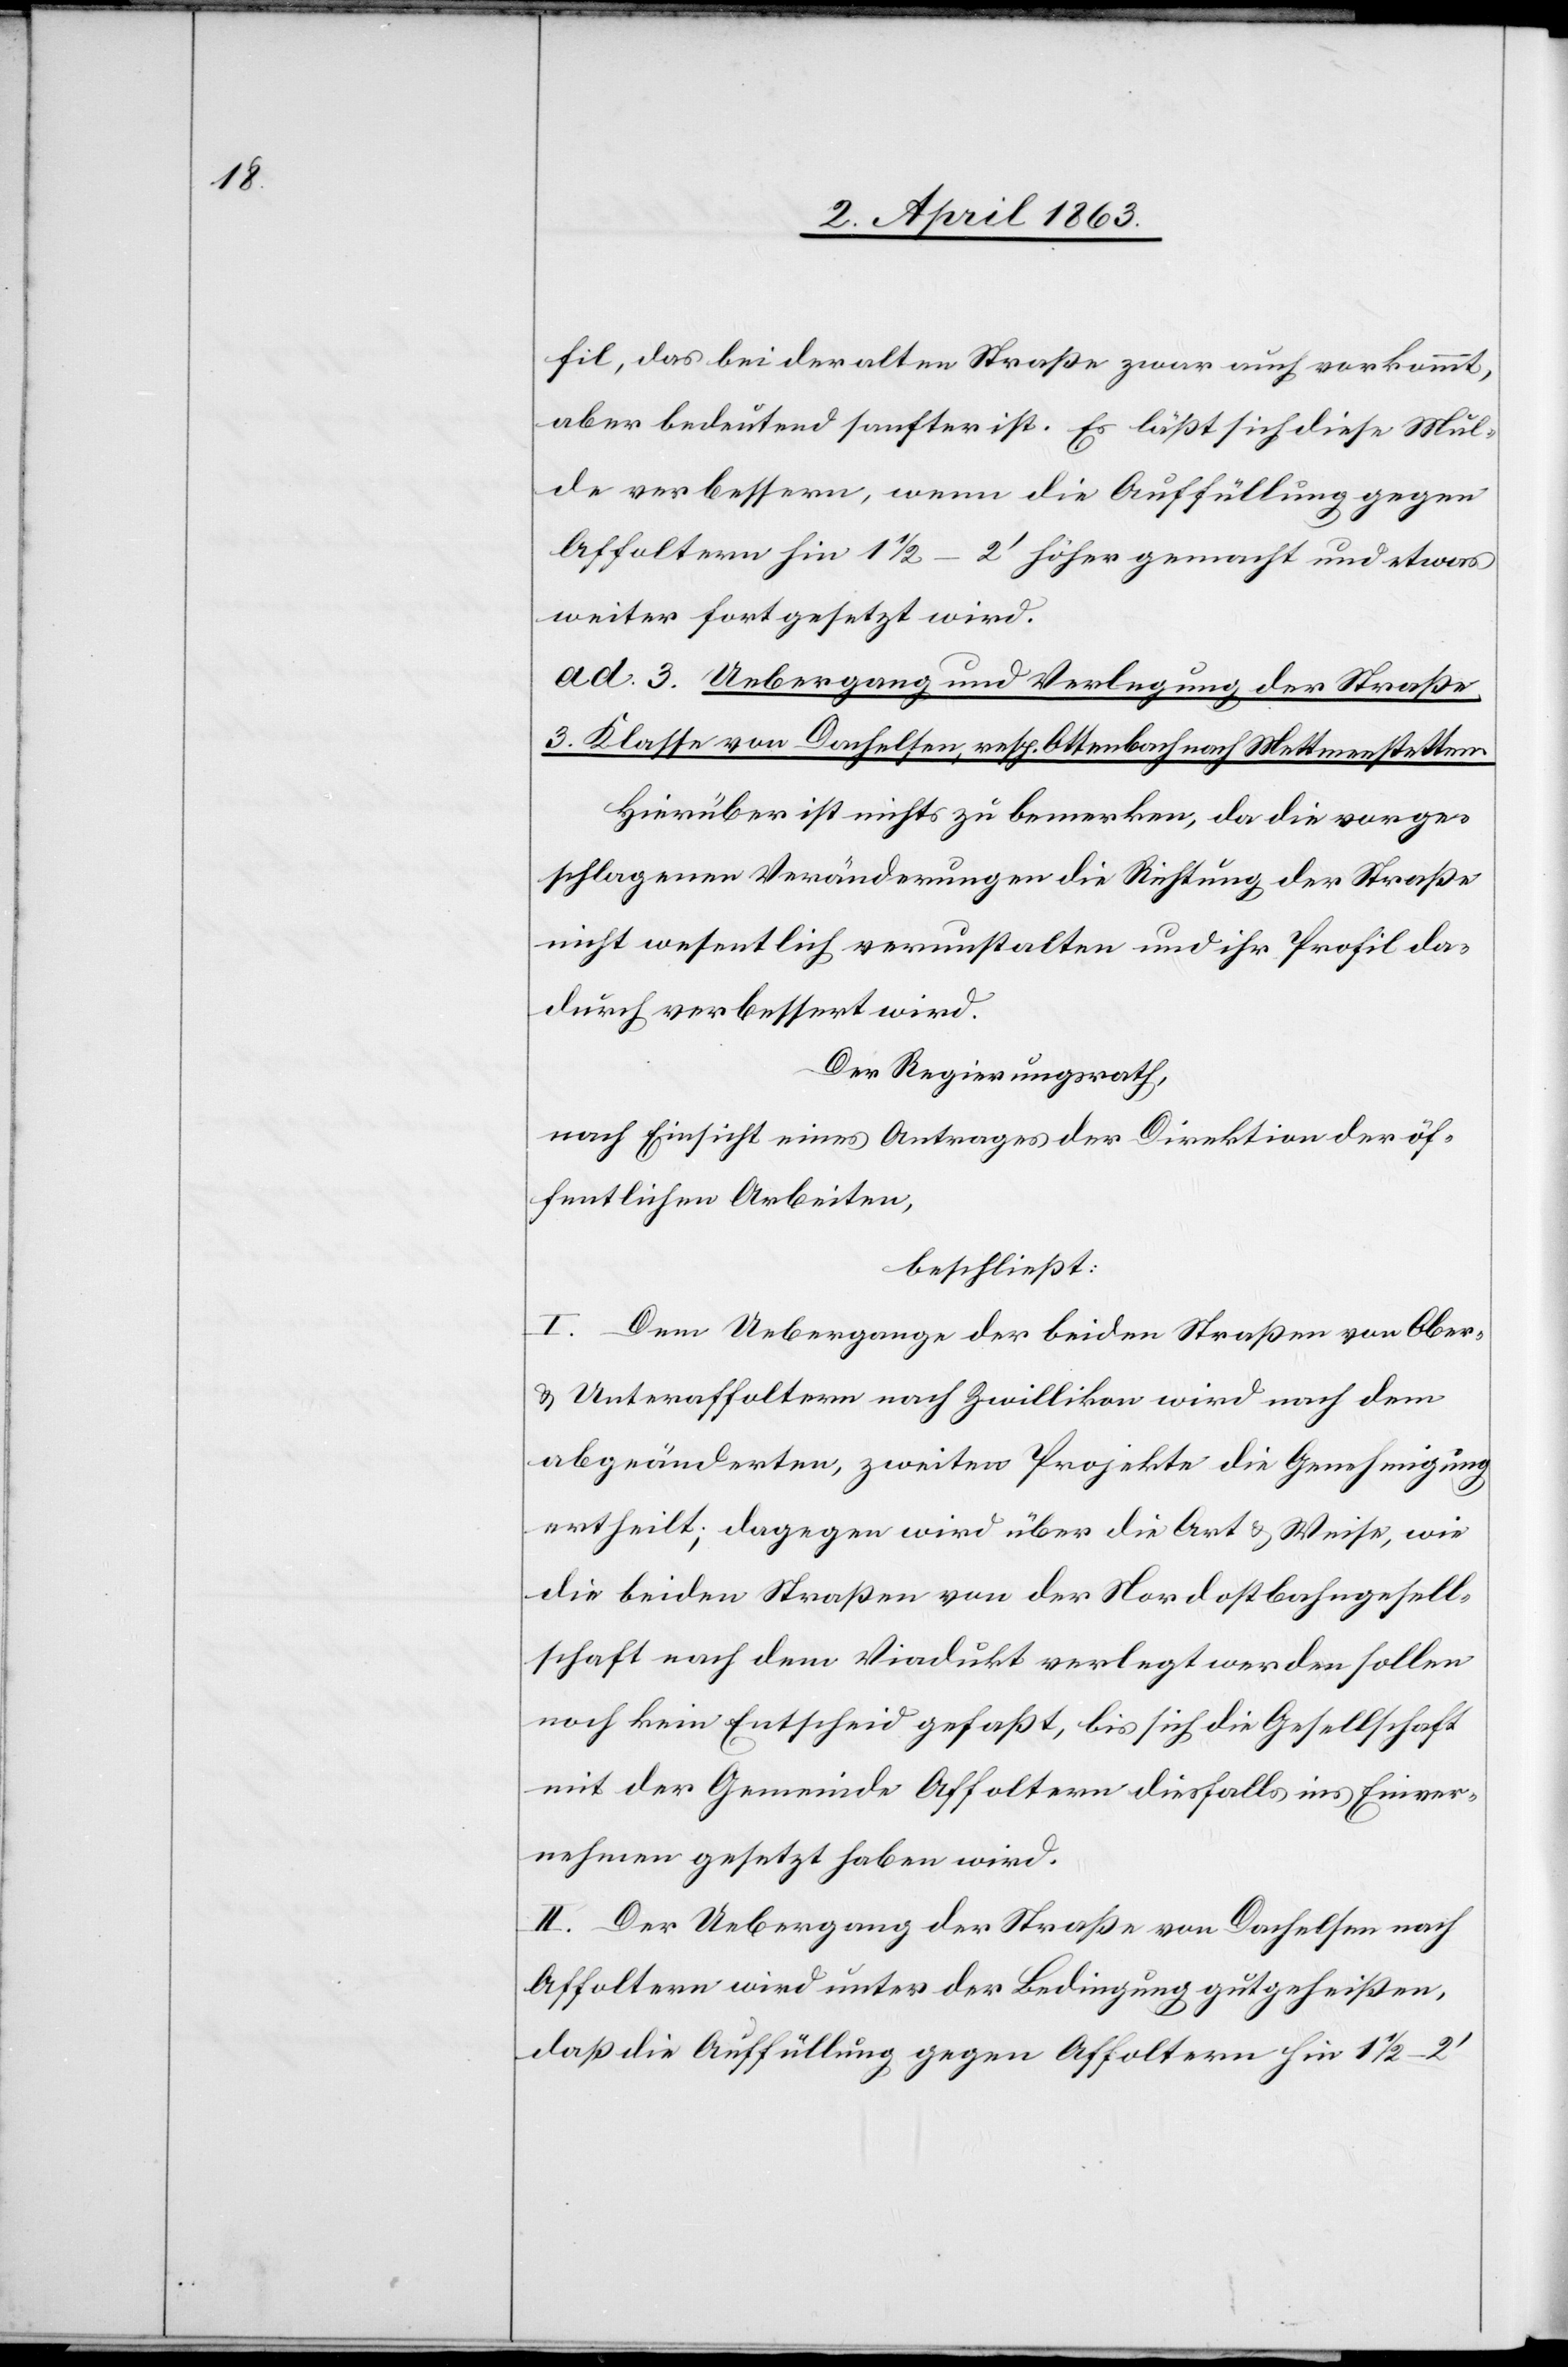
fil, das bei der alten Straße zwar auch vorkommt,
aber bedeutend sanfter ist. Es läßt sich diese Mul¬
de verbessern, wenn die Auffüllung gegen
Affoltern hin 1 1/2–2' höher gemacht und etwas
weiter fortgesetzt wird.
ad. 3. Uebergang und Verlegung der Straße
3. Klasse von Dachelsen, resp. Ottenbach nach Mettmenstetten.
Hierüber ist nichts zu bemerken, da die vorge¬
schlagenen Veränderungen die Richtung der Straße
nicht wesentlich verunstalten und ihr Profil da¬
durch verbessert wird.
Der Regierungsrath,
nach Einsicht eines Antrages der Direktion der öf¬
fentlichen Arbeiten,
beschließt:
I. Dem Uebergange der beiden Straßen von Ober-
& Unteraffoltern nach Zwillikon wird nach dem
abgeänderten, zweiten Projekte die Genehmigung
ertheilt; dagegen wird über die Art & Weise, wie
die beiden Straßen von der Nordostbahngesell¬
schaft nach dem Viadukt verlegt werden sollen
noch kein Entscheid gefaßt, bis sich die Gesellschaft
mit der Gemeinde Affoltern diesfalls ins Einver¬
nehmen gesetzt haben wird.
II. Der Uebergang der Straße von Dachelsen nach
Affoltern wird unter der Bedingung gutgeheißen,
daß die Auffüllung gegen Affoltern hin 1 1/2–2'